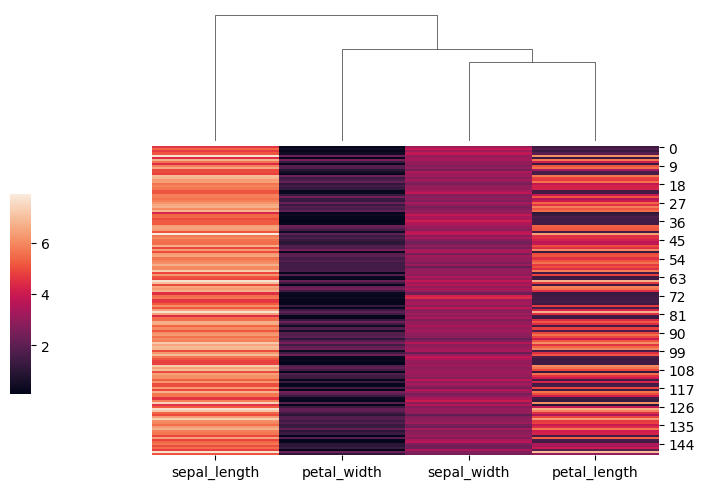
python, seaborn, clustermap, figsize=(7, 5), row_cluster=False, dendrogram_ratio=(0.2, 0.3), cbar_pos=(0, 0.2, 0.03, 0.4)